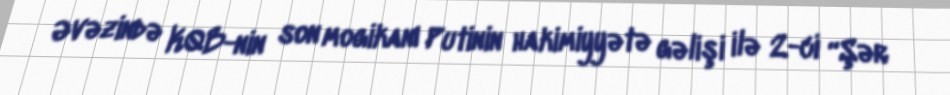
Əvəzində KQB-nin son mogikanı Putinin hakimiyyətə gəlişi ilə 2-ci “Şər